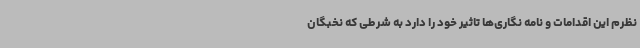
نظرم این اقدامات و نامه نگاری‌ها تاثیر خود را دارد به شرطی که نخبگان